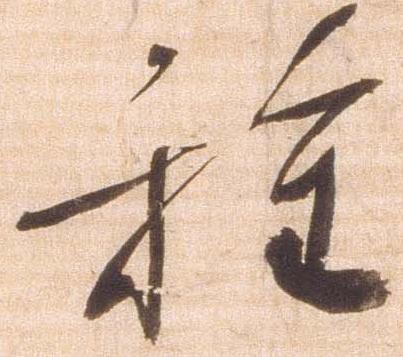
種